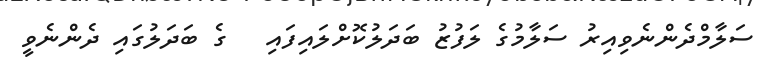
ސަލާމްދެންނެވިއިރު ސަލާމުގެ ލަފުޒު ބަދަލުކޮށްލައިފައި   ގެ ބަދަލުގައި ދެންނެވީ